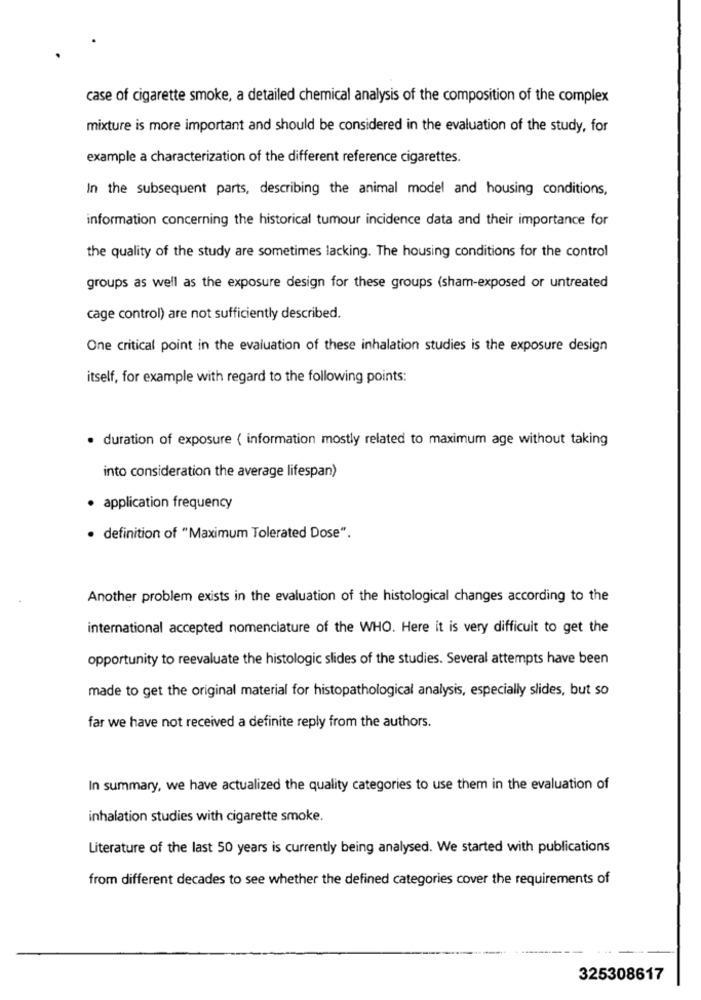
case of cigarette smoke, a detailed chemical analysis of the composition of the complex
mixture is more important and should be considered in the evaluation of the study, for
example a characterization of the different reference cigarettes.
In the subsequent parts, describing the animal model and housing conditions,
information concerning the historical tumour incidence data and their importance for
the quality of the study are sometimes lacking. The housing conditions for the control
groups as well as the exposure design for these groups (sham-exposed or untreated
cage control) are not sufficiently described.
One critical point in the evaluation of these inhalation studies is the exposure design
itself, for example with regard to the following points:
· duration of exposure ( information mostly related to maximum age without taking
into consideration the average lifespan)
application frequency
· definition of "Maximum Tolerated Dose".
Another problem exists in the evaluation of the histological changes according to the
international accepted nomenclature of the WHO. Here it is very difficult to get the
opportunity to reevaluate the histologic slides of the studies. Several attempts have been
made to get the original material for histopathological analysis, especially slides, but so
far we have not received a definite reply from the authors.
In summary, we have actualized the quality categories to use them in the evaluation of
inhalation studies with cigarette smoke.
Literature of the last 50 years is currently being analysed. We started with publications
from different decades to see whether the defined categories cover the requirements of
325308617